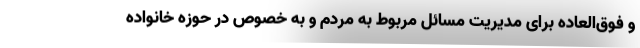
و فوق‌العاده برای مدیریت مسائل مربوط به مردم و به خصوص در حوزه خانواده